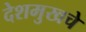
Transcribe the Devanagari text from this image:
देशमुखचे